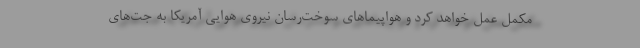
مکمل عمل خواهد کرد و هواپیماهای سوخت‌رسان نیروی هوایی آمریکا به جت‌های